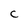
Character: C